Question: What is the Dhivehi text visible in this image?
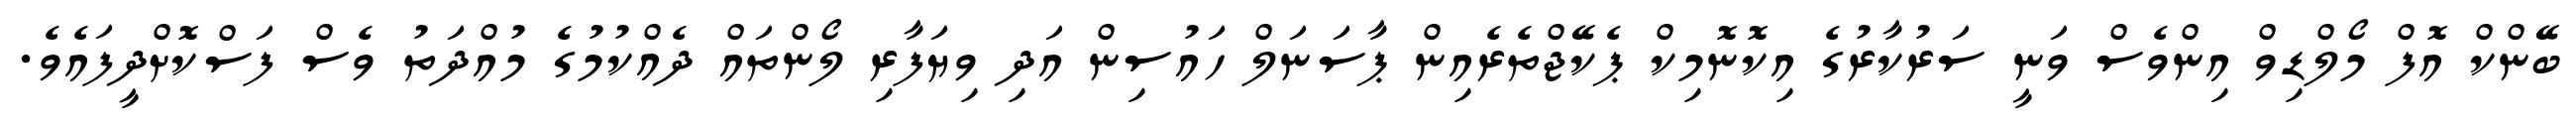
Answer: ބޭންކް އޮފް މޯލްޑިވް އިންވެސް ވަނީ ސަރުކާރުގެ އިކޮނޮމިކް ޕެކޭޖްތެރެއިން ޕާސަނަލް ހައުސިން އަދި ވިޔަފާރި ލޯންތައް ދެއްކުމުގެ މުއްދަތު ވެސް ފަސްކޮށްދީފައެވެ.